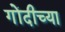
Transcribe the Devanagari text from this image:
गोंदीच्या